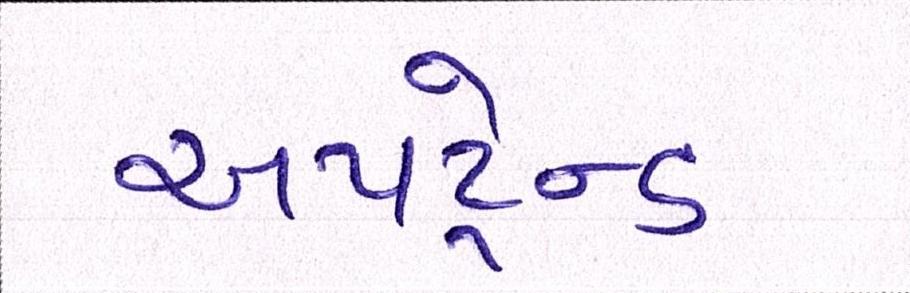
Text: અપટ્રેન્ડ